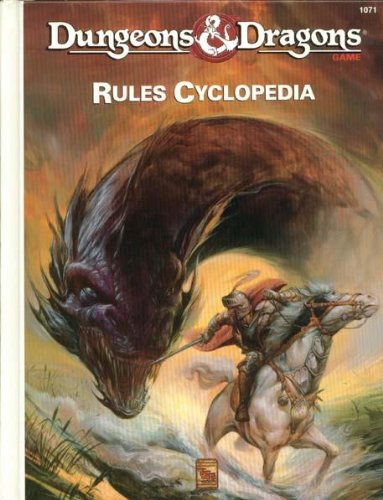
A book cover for Dungeons and Dragons Rules Cyclopedia; Aaron Allston; Science Fiction & Fantasy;